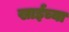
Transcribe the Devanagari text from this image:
खाईच्या